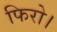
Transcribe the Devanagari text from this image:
फिरो।